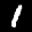
Label: 1